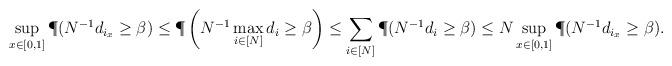
LaTeX: \begin{align*}\sup_{x\in[0,1]} \P(N^{-1}d_{i_x} \geq \beta)\leq \P\left(N^{-1}\max_{i \in [N]} d_i \geq \beta\right)\leq \sum_{i \in [N]} \P(N^{-1} d_i \geq \beta)\leq N \sup_{x\in[0,1]} \P(N^{-1} d_{i_x} \geq \beta).\end{align*}